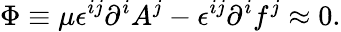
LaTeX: \Phi\equiv\mu\epsilon^{ij}\partial^{i}A^{j}-\epsilon^{ij}\partial^{i}f^{j}\approx 0.